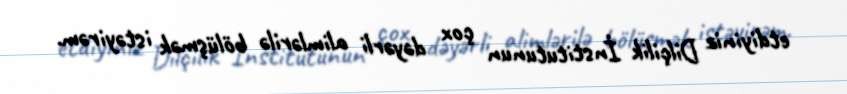
etdiyiniz Dilçilik İnstitutunun çox dəyərli alimlərilə bölüşmək istəyirəm.